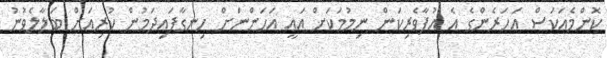
ކޮންމެއަކަސް އަހަރެންގެ އެ އުފާވެރިކަން ނިމުމަކަށް އައީ އަހަންނަށް ހިނގާފައިދަމުން ކުރިއަށް ބަލާލެވުނު